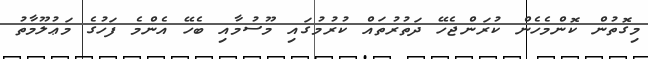
މިގޮތުން ކޮންމެހެން ކުރަންޖެހޭ ދަތުރުތައް ކުރުމުގައި މޫސުމާއި ބެހޭ އެންމެ ފަހުގެ މަޢުލޫމާތު